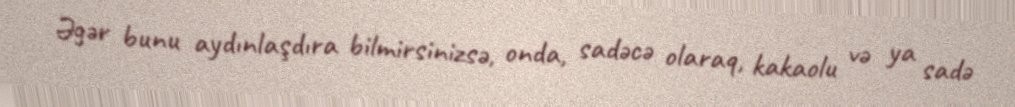
Əgər bunu aydınlaşdıra bilmirsinizsə, onda, sadəcə olaraq, kakaolu və ya sadə